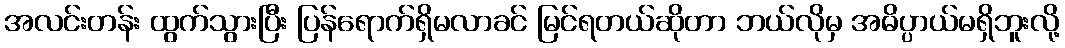
အလင်းတန်း ထွက်သွားပြီး ပြန်ရောက်ရှိမလာခင် မြင်ရတယ်ဆိုတာ ဘယ်လိုမှ အဓိပ္ပာယ်မရှိဘူးလို့